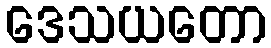
ဒေသယတော